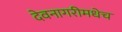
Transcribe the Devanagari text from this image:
देवनागरीमधेच